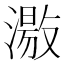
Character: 𱨱